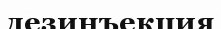
дезинъекция